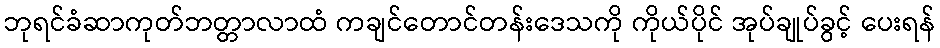
ဘုရင်ခံဆာကုတ်ဘတ္တာလာထံ ကချင်တောင်တန်းဒေသကို ကိုယ်ပိုင် အုပ်ချုပ်ခွင့် ပေးရန်